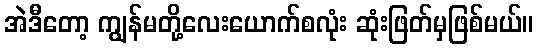
အဲဒီတော့ ကျွန်မတို့လေးယောက်စလုံး ဆုံးဖြတ်မှဖြစ်မယ်။